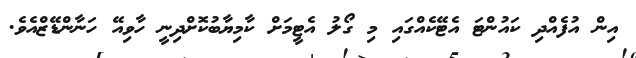
އިން އުފެއްދި ކައުންޓަ އެޓޭކެއްގައި މި ގޯލު އެޓީމަށް ކާމިޔާބުކޮށްދިނީ ހާވިއޭ ހަނާންޑޭޒްއެވެ.